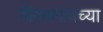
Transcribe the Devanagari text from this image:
पिंपळगावच्या